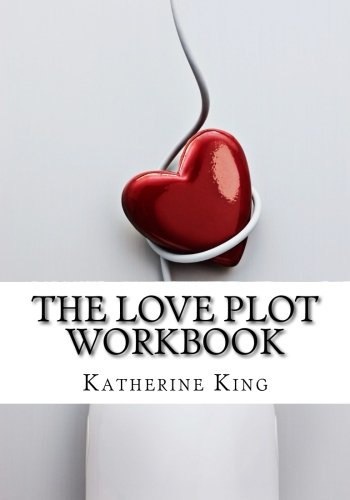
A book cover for The Love Plot Workbook: How to Plot a Romance Novel (The Plot Chronicles) (Volume 2); Katherine King; Romance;